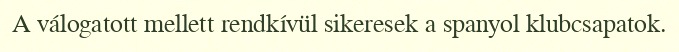
A válogatott mellett rendkívül sikeresek a spanyol klubcsapatok.